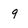
Character: 9